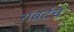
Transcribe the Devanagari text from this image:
रॉबर्टचे